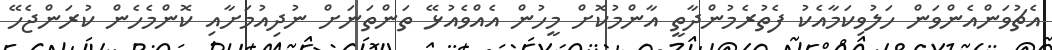
އެޗުވަންއެންވަން ހަލުވިކަމާއެކު ފެތުރެމުންދާތީ އާންމުކޮށް މީހުން އެއްވެއުޅޭ ތަންތަނަށް ނުދިއުމަށާއި ކޮންމެހެން ކުރަންޖެހޭ